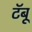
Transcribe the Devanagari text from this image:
टॅबू